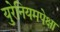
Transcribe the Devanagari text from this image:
युरेनियमपेक्षा